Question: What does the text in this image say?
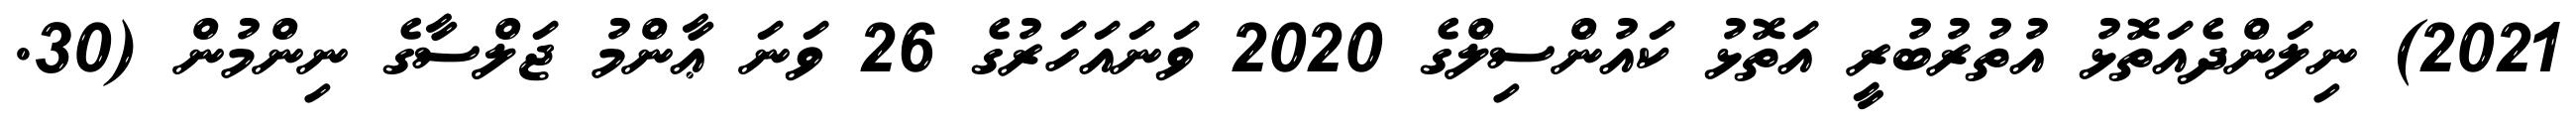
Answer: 2021) ނިލަންދެއަތޮޅު އުތުރުބުރީ އަތޮޅު ކައުންސިލްގެ 2020 ވަނައަހަރުގެ 26 ވަނަ ޢާންމު ޖަލްސާގެ ނިންމުން (30.